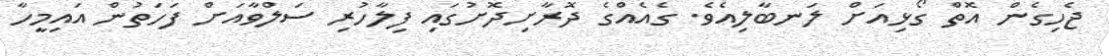
ޖެހިގެން އޮތް ގޯޅިއަށް ލަނބާލިއެވެ. ގެއެއްގެ ދޮރާށިދޮށުގައި ފިލާހުރި ސަލްވާއަށް ފަހަތުން އައިމީހާ